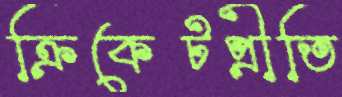
ক্রিকেটপ্রীতি